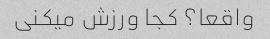
واقعا؟ کجا ورزش میکنی